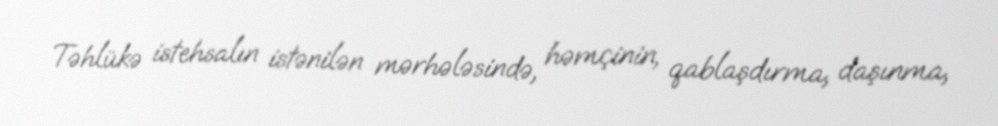
Təhlükə istehsalın istənilən mərhələsində, həmçinin, qablaşdırma, daşınma,